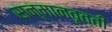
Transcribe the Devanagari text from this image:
सन्मानवृत्ती